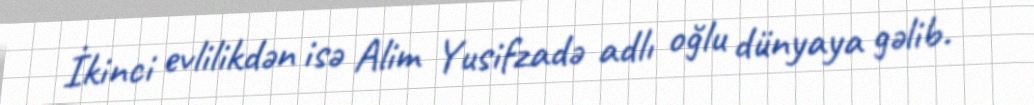
İkinci evlilikdən isə Alim Yusifzadə adlı oğlu dünyaya gəlib.